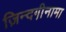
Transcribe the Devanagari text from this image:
ज़िन्दगी़नामा